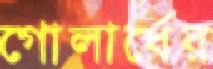
গোলার্ধের